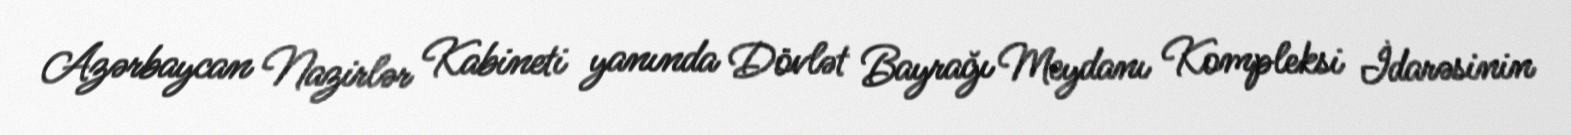
Azərbaycan Nazirlər Kabineti yanında Dövlət Bayrağı Meydanı Kompleksi İdarəsinin